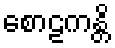
စောဠကန္တိ